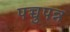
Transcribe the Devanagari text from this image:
पच्चुपन्न